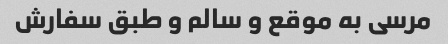
مرسی به موقع و سالم و طبق سفارش